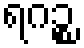
ရဂဉ္စ